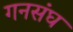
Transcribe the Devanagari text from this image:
गनसंघ